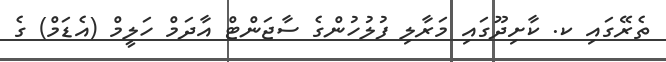
ތެރޭގައި ކ. ކާށިދޫގައި މަރާލި ފުލުހުންގެ ސާޖަންޓް އާދަމް ހަލީމް (އެޑަމް) ގެ